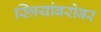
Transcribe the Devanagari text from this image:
स्त्रियांबरोबर